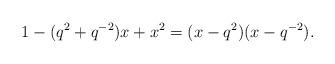
LaTeX: \begin{align*} 1-(q^2+q^{-2})x+x^2 = (x-q^2)(x-q^{-2}). \end{align*}